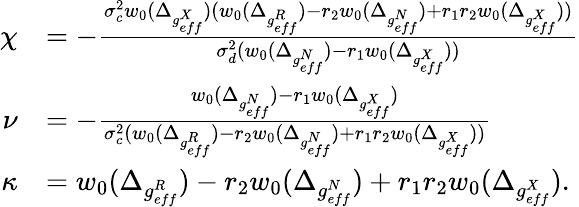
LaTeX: \begin{array}{rl}{\chi}&{=-\frac{\sigma_{c}^{2}w_{0}(\Delta_{g_{eff}^{X}})(w_{0}(\Delta_{g_{eff}^{R}})-r_{2}w_{0}(\Delta_{g_{eff}^{N}})+r_{1}r_{2}w_{0}(\Delta_{g_{eff}^{X}}))}{\sigma_{d}^{2}(w_{0}(\Delta_{g_{eff}^{N}})-r_{1}w_{0}(\Delta_{g_{eff}^{X}}))}}\\ {\nu}&{=-\frac{w_{0}(\Delta_{g_{eff}^{N}})-r_{1}w_{0}(\Delta_{g_{eff}^{X}})}{\sigma_{c}^{2}(w_{0}(\Delta_{g_{eff}^{R}})-r_{2}w_{0}(\Delta_{g_{eff}^{N}})+r_{1}r_{2}w_{0}(\Delta_{g_{eff}^{X}}))}}\\ {\kappa}&{=w_{0}(\Delta_{g_{eff}^{R}})-r_{2}w_{0}(\Delta_{g_{eff}^{N}})+r_{1}r_{2}w_{0}(\Delta_{g_{eff}^{X}}).}\end{array}